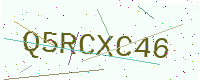
Text: Q5RCXC46